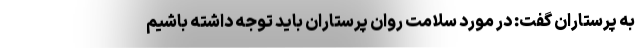
به پرستاران گفت: در مورد سلامت روان پرستاران باید توجه داشته باشیم